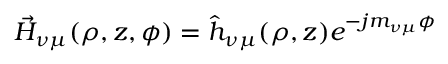
\vec { H } _ { \nu \mu } ( \rho , z , \phi ) = { \hat { h } } _ { \nu \mu } ( \rho , z ) e ^ { - j m _ { \nu \mu } \phi }